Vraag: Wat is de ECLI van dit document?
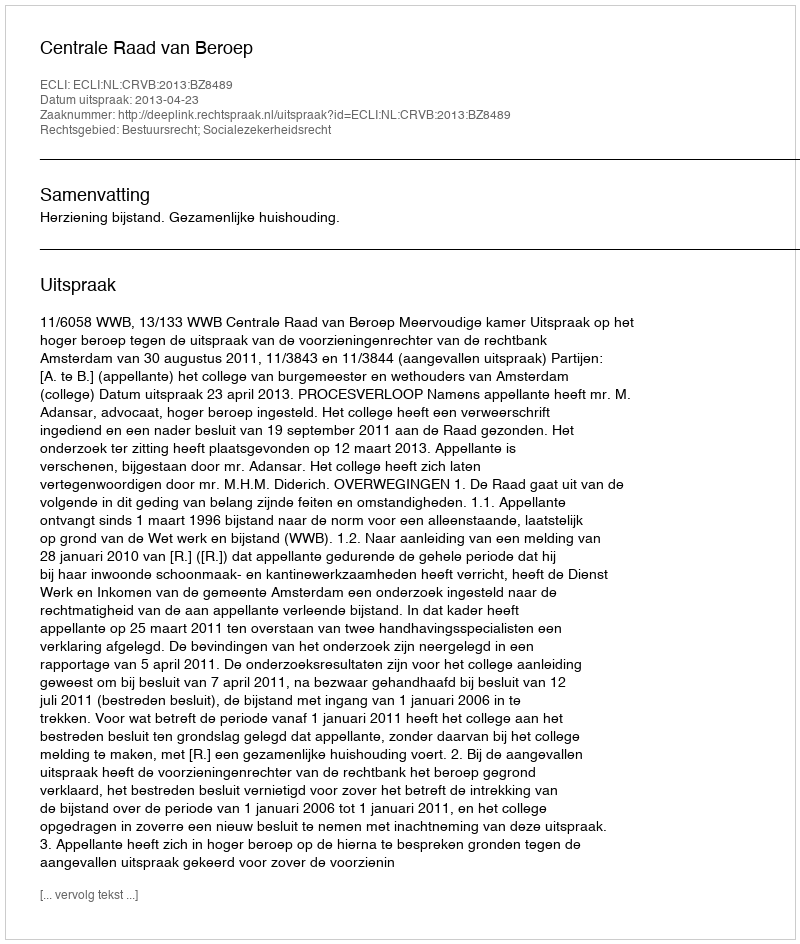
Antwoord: ECLI:NL:CRVB:2013:BZ8489